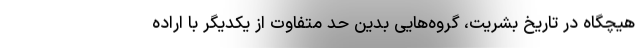
هیچگاه در تاریخ بشریت، گروه‌هایی بدین حد متفاوت از یکدیگر با اراده